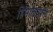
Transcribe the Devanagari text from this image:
हिमालयाने